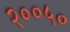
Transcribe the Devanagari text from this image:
२००५०